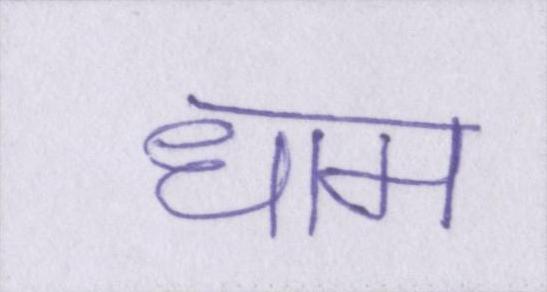
धाम